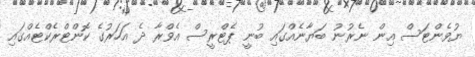
ޔުވެންޓަސް އިން ނެރުނު ބަޔާނެއްގައި ބުނީ ޕެޓްރީސް އެވްރާ ދެ އަހަރުގެ ކޮންޓްރެކްޓެއްގައި